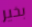
بخير